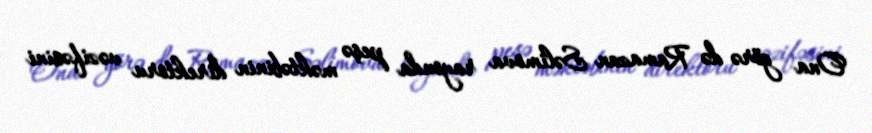
Ona görə də Ramazan Səlimova rayonda peşə məktəbinin direktoru vəzifəsini